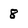
Character: 8